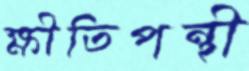
ক্ষীতিপন্থী